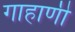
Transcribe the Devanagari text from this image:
गाहाणी